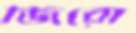
জিরো